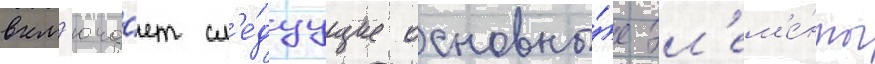
вкл'юча́ет сл'е́дуущие основны́е эл'ем'е́нты